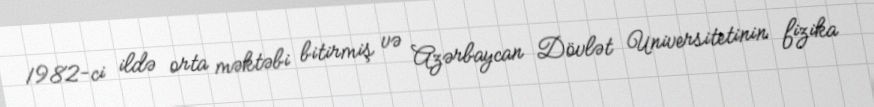
1982-ci ildə orta məktəbi bitirmiş və Azərbaycan Dövlət Universitetinin fizika